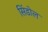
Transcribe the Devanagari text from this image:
सिंडोल